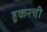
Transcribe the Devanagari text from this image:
हूकरची